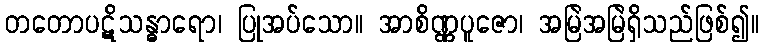
တတောပဋိသန္ဓာရော၊ ပြုအပ်သော။ အာစိဏ္ဏပူဇော၊ အမြဲအမြဲရှိသည်ဖြစ်၍။